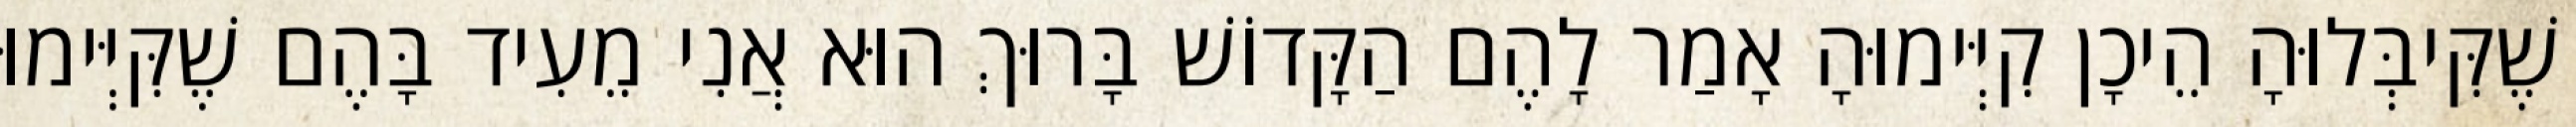
שֶׁקִּיבְּלוּהָ הֵיכָן קִיְּימוּהָ אָמַר לָהֶם הַקָּדוֹשׁ בָּרוּךְ הוּא אֲנִי מֵעִיד בָּהֶם שֶׁקִּיְּימוּ